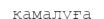
қамалуға